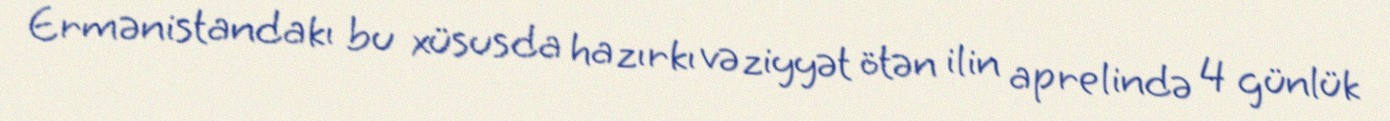
Ermənistandakı bu xüsusda hazırkı vəziyyət ötən ilin aprelində 4 günlük